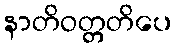
နာတိဝတ္တတိပေ